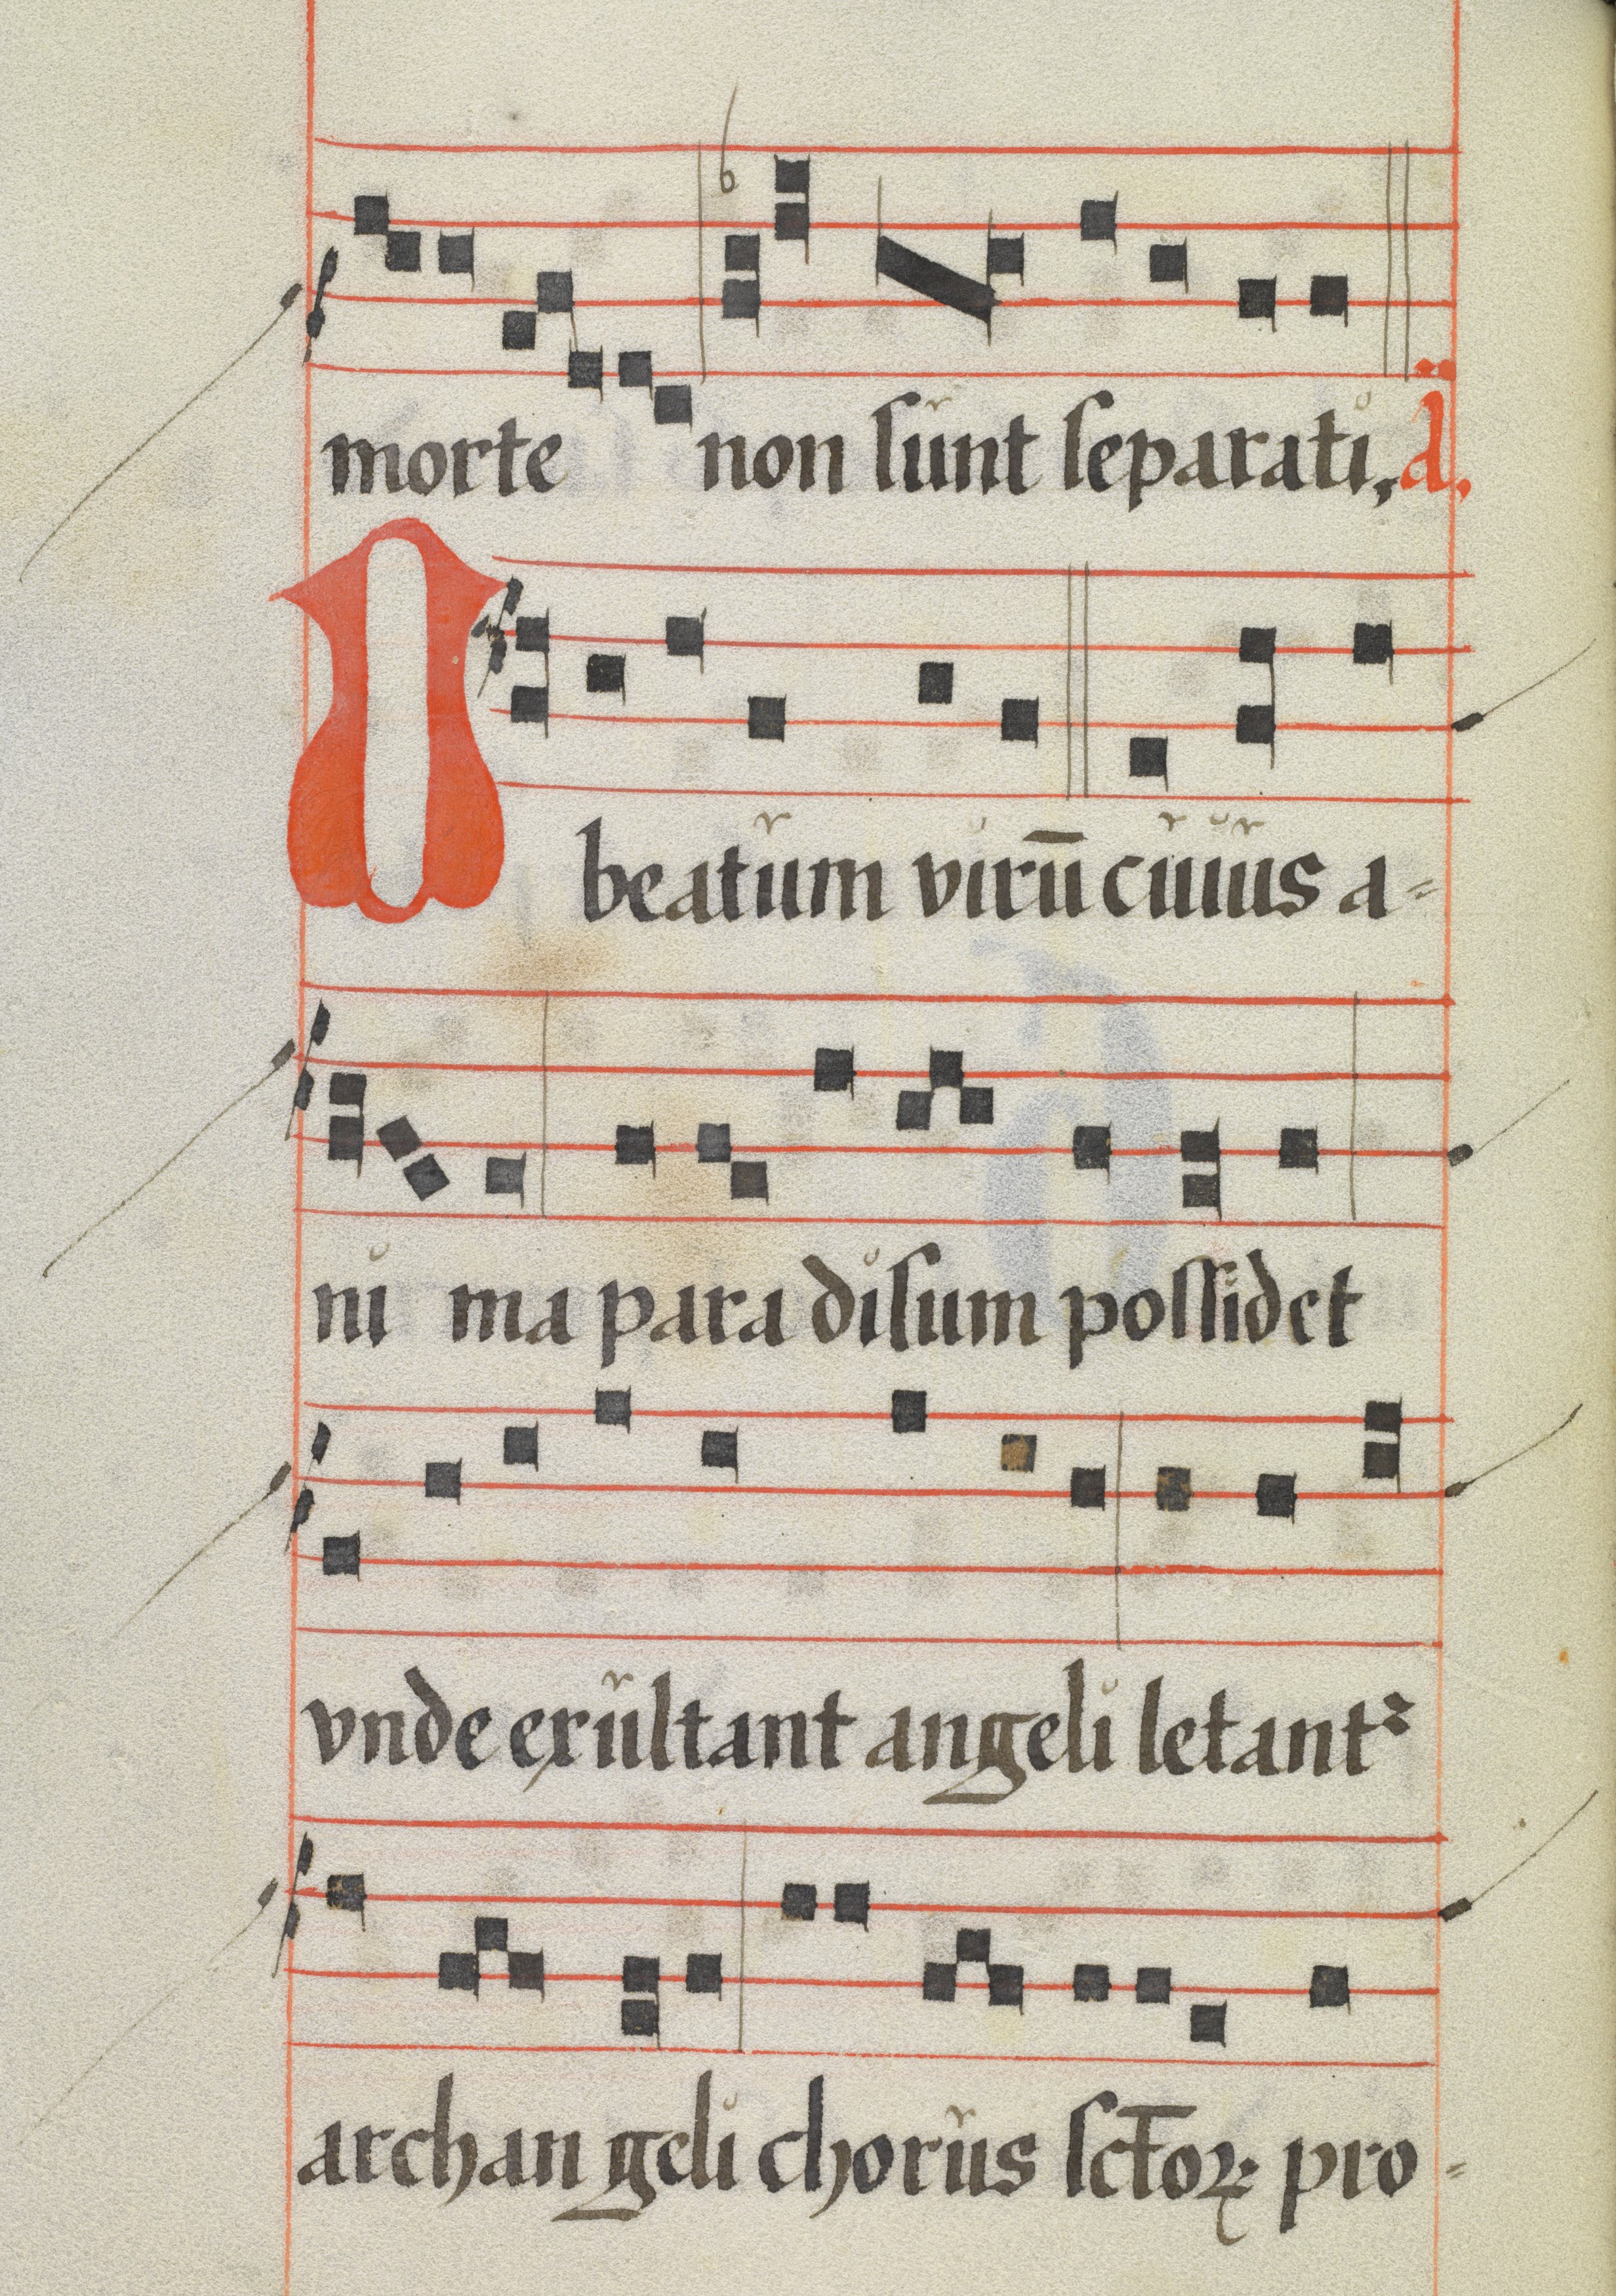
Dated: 1425–1449